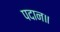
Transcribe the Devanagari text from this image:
पदान॥